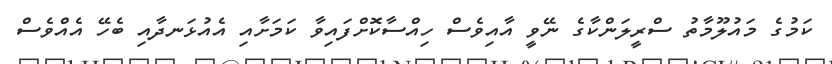
ކަމުގެ މައުލޫމާތު ސްރީލަންކާގެ ނޭވީ އާއިވެސް ހިއްސާކޮށްފައިވާ ކަމަށާއި އެއުޅަނދާއި ބެހޭ އެއްވެސް